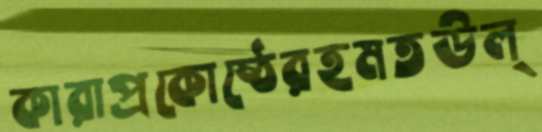
কারাপ্রকোষ্ঠেরহমতউল্